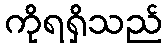
ကိုရရှိသည်